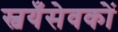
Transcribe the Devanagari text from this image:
स्वयँसेवकों